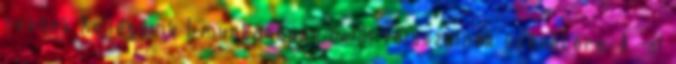
nekünk Kollégáink 1 munkanapon belül válaszolnak üzenetére. A -al